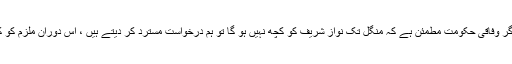
دوران سماعت عدالت نے ریمارکس دیے کہ اگر وفاقی حکومت مطمئن ہے کہ منگل تک نواز شریف کو کچھ نہیں ہو گا تو ہم درخواست مسترد کر دیتے ہیں ، اس دوران ملزم کو کچھ ہوا تو حکومت اور نیب ذمہ دار ہوں گے ۔